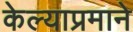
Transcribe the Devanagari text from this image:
केल्याप्रमाने